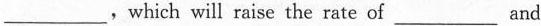
___，which will raise the rate of___and